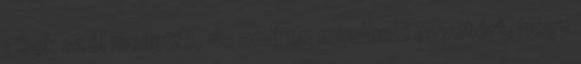
: Sok szól mellette, de amiben mindenki egyetért, hogy